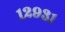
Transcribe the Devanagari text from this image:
१२९३१